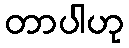
တာပါဟု